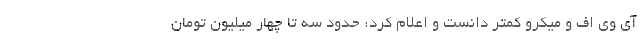
آی وی اف و میکرو کمتر دانست و اعلام کرد: حدود سه تا چهار میلیون تومان